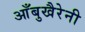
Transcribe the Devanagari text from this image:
आँबुखैरेनी